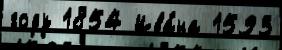
году 1854 Ива́на 1593